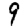
Digit: 9